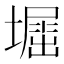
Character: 𡒈